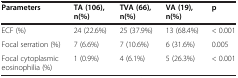
<table><thead><tr><td><b>Parameters</b></td><td><b>TA (106), n(%)</b></td><td><b>TVA (66), n(%)</b></td><td><b>VA (19), n(%)</b></td><td><b>p</b></td></tr></thead><tbody><tr><td>ECF (%)</td><td>24 (22.6%)</td><td>25 (37.9%)</td><td>13 (68.4%)</td><td>&lt; 0.001</td></tr><tr><td>Focal serration (%)</td><td>7 (6.6%)</td><td>7 (10.6%)</td><td>6 (31.6%)</td><td>0.005</td></tr><tr><td>Focal cytoplasmic eosinophilia (%)</td><td>1 (0.9%)</td><td>4 (6.1%)</td><td>5 (26.3%)</td><td>&lt; 0.001</td></tr></tbody></table>